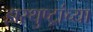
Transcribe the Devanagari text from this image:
झरथुष्ट्रांच्या